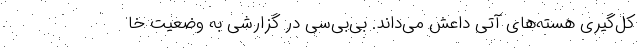
کل‌گیری هسته‌های آتی داعش می‌داند. بی‌بی‌سی در گزارشی به وضعیت خا